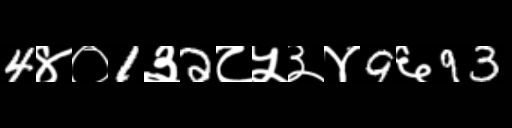
Text: 4४०1३2८५३४9६93